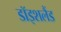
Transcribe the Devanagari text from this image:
डॉइशलैंड